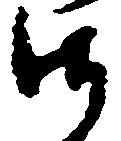
御